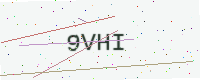
Text: 9VHI